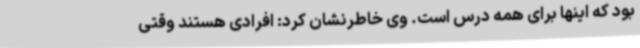
بود که اینها برای همه درس است. وی خاطرنشان کرد: افرادی هستند وقتی